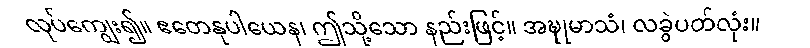
လုပ်ကျွေး၍။ ဧတေနုပါယေန၊ ဤသို့သော နည်းဖြင့်။ အဍ္ဎုမာသံ၊ လခွဲပတ်လုံး။